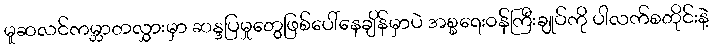
မူဆလင်ကမ္ဘာတလွှားမှာ ဆန္ဒပြမှုတွေဖြစ်ပေါ်နေချိန်မှာပဲ အစ္စရေးဝန်ကြီးချုပ်ကို ပါလက်စတိုင်းနဲ့